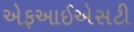
એફઆઈએસટી